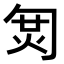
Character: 𠣦